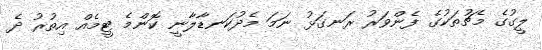
ލީގުގެ މެޗުތަކުގެ ފެންވަރު ރަނގަޅު ނަމަ މެދުކަނޑާލާނީ ކޮންމެ ޓީމެއް އިތުރު ދެ